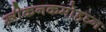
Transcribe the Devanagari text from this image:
स्त्रीकनकमोहघ्नः